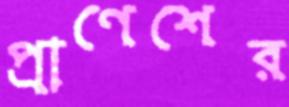
প্রাণেশের